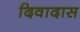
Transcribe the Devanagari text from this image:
दिवादास